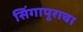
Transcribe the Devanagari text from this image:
सिंगापूराचा